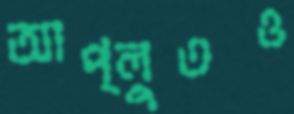
আপ্লুতও